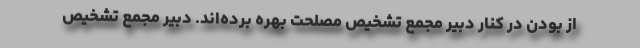
از بودن در کنار دبیر مجمع تشخیص مصلحت بهره برده‌اند. دبیر مجمع تشخیص